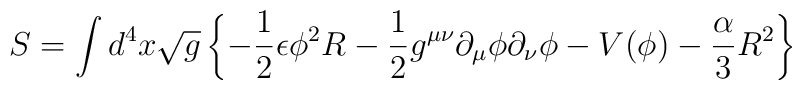
S=\int d^4x \sqrt{g} \left\{ -{ 1 \over 2 }  \epsilon {\phi}^2 R   - { 1 \over 2 } g^{\mu\nu} {\partial}_{\mu}{\phi} {\partial}_{\nu}{\phi}   - V(\phi) -{\alpha \over 3}  R^2 \right\}